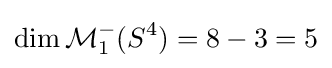
\dim {\mathcal {M}}_{1}^{-}(S^{4})=8-3=5